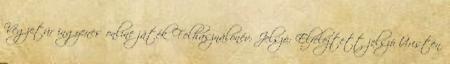
Végzetúr ingyenes online játék Felhasználónév: Jelszó: Elfelejtett jelszó Úristen